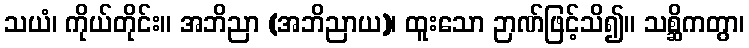
သယံ၊ ကိုယ်တိုင်း။ အဘိညာ (အဘိညာယ)၊ ထူးသော ဉာဏ်ဖြင့်သိ၍။ သစ္ဆိကတွာ၊